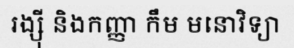
រង្ស៊ី និងកញ្ញា កឹម មនោវិទ្យា